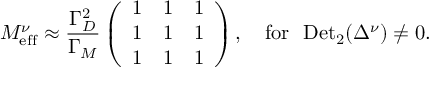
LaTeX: M _ { \mathrm { e f f } } ^ { \nu } \approx \frac { \Gamma _ { D } ^ { 2 } } { \Gamma _ { M } } \left( \begin{array} { c c c } { { 1 } } & { { 1 } } & { { 1 } } \\ { { 1 } } & { { 1 } } & { { 1 } } \\ { { 1 } } & { { 1 } } & { { 1 } } \end{array} \right) , \ \ \ \mathrm { f o r } \ \ \mathrm { D e t } _ { 2 } ( \Delta ^ { \nu } ) \ne 0 .